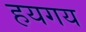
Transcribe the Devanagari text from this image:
हयगय